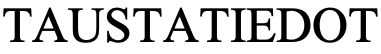
TAUSTATIEDOT